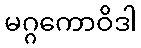
မဂ္ဂကောဝိဒါ